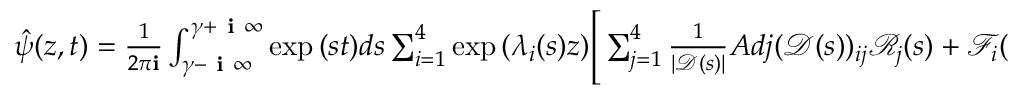
\begin{array} { r } { \hat { \psi } ( z , t ) = \frac { 1 } { 2 \pi \mathbf { i } } \int _ { \gamma - \textbf { i } \infty } ^ { \gamma + \textbf { i } \infty } \exp { ( s t ) } d s \sum _ { i = 1 } ^ { 4 } \exp { ( \lambda _ { i } ( s ) z ) } \Bigg [ \sum _ { j = 1 } ^ { 4 } \frac { 1 } { | \mathscr { D } ( s ) | } A d j ( \mathscr { D } ( s ) ) _ { i j } \mathscr { R } _ { j } ( s ) + \mathscr { F } _ { i } ( s ) I _ { i } ( s , z ) \Bigg ] . } \end{array}